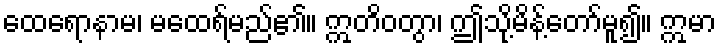
ထေရောနာမ၊ မထေရ်မည်၏။ ဣတိဝတွာ၊ ဤသို့မိန့်တော်မူ၍။ ဣမာ